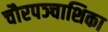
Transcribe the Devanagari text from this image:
चौरपञ्चाशिका